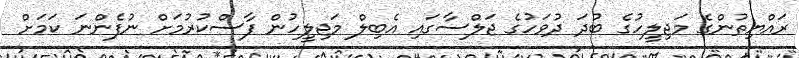
ރައްޔިތުންގެ މަޖިލީހުގެ ބުދަ ދުވަހުގެ ޖަލްސާގައި އެބިލް މަޖިލީހުން ފާސްކުރުމަށް ނުފެންނަ ކަމަށް